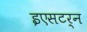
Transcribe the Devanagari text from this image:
इएसटर्न